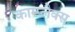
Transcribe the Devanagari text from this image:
काम्प्लैक्स